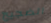
الضجيج